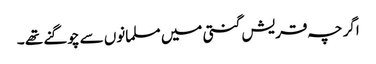
اگر چہ قریش گنتی میں مسلمانوں سے چوگنے تھے ۔